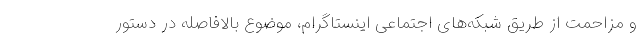
و مزاحمت از طریق شبکه‌های اجتماعی اینستاگرام، موضوع بالافاصله در دستور